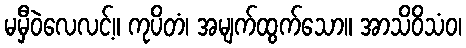
မမှီဝဲလေလင့်။ ကုပိတံ၊ အမျက်ထွက်သော။ အာသိဝိသံဝ၊